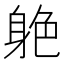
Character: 𨉆